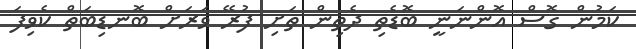
ކަމުން ގޮސް އޮންނަނީ ބޮޑެތި ދެތިން ތަށި ފުރޭ ވަރަށް ބޮނޑިބަތް ކެވިފަ